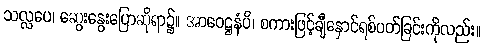
သလ္လပေ၊ ဆွေးနွေးပြောဆိုရာ၌။ အာဝေဋ္ဌနံပိ၊ စကားဖြင့်ချီနှောင်ရစ်ပတ်ခြင်းကိုလည်း။